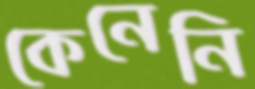
কেনেনি